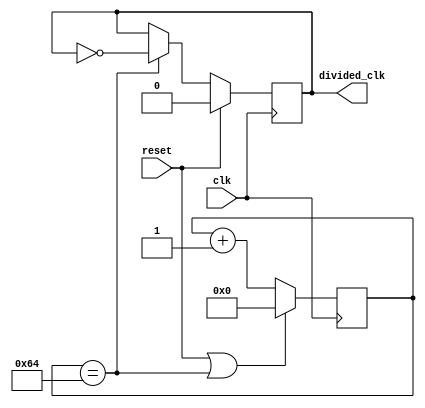
//////////////////////////////////////////////////////////////////////////////////
// Company: 
// Engineer: 
// 
// Design Name: 
// Module Name: clock_divider
// Project Name: 
// Target Devices: 
// Tool Versions: 
// Description: 
// 
// Dependencies: 
// 
// Revision:
// Revision 0.01 - File Created
// Additional Comments:
// 
//////////////////////////////////////////////////////////////////////////////////


module clock_divider #(parameter N = 100)(
    input wire clk, reset,
    output reg divided_clk
    );
    
    reg [31:0] counter_value;
    
    always @(posedge clk)
        if(reset || counter_value == N)
            counter_value <= 0;
        else
            counter_value <= counter_value +1;
           
    always @(posedge clk)
    begin
        if(reset) divided_clk <= 0;
        else if(counter_value == N)
            divided_clk <= ~divided_clk;
        else
            divided_clk <= divided_clk;
    end
endmodule